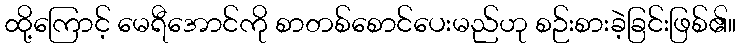
ထို့ကြောင့် မေရီအောင်ကို စာတစ်စောင်ပေးမည်ဟု စဉ်းစားခဲ့ခြင်းဖြစ်၏။